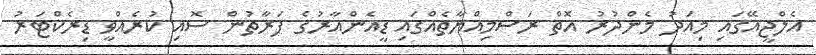
އެލްޖީއޭގައި މިއަދު މެންދުރު އޮތް ރަސްމިއްޔާތެއްގައި ޑީއެންއާރުގެ ފަރާތުން ސޮއި ކުރެއްވީ ޑިރެކްޓަރު